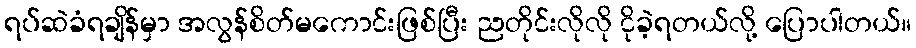
ရပ်ဆဲခံရချိန်မှာ အလွန်စိတ်မကောင်းဖြစ်ပြီး ညတိုင်းလိုလို ငိုခဲ့ရတယ်လို့ ပြောပါတယ်။